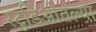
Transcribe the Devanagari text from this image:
स्टुडिओतल्या